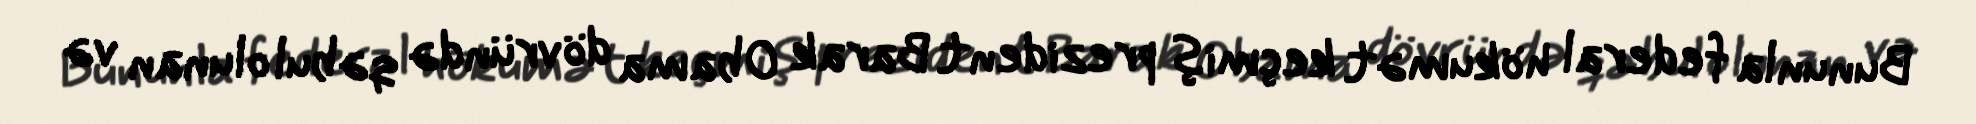
Bununla federal hökumət keçmiş prezident Barak Obama dövründə qəbul olunan və